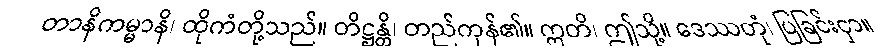
တာနိကမ္မာနိ၊ ထိုကံတို့သည်။ တိဋ္ဌန္တိ၊ တည်ကုန်၏။ ဣတိ၊ ဤသို့။ ဒေဿတုံ၊ ပြခြင်းငှာ။